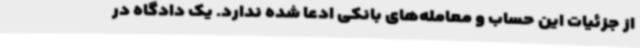
از جزئیات این حساب و معامله‌های بانکی ادعا شده ندارد. یک دادگاه در